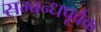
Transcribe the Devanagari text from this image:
सम्बन्धपूर्वक